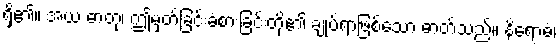
ရှိ၏။ အယံ ဓာတု၊ ဤမှတ်ခြင်းခံစားခြင်းတို့၏ ချုပ်ရာဖြစ်သော ဓာတ်သည်။ နိရောဓံ၊